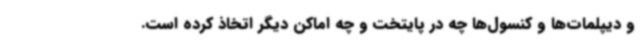
و دیپلمات‌ها و کنسول‌ها چه در پایتخت و چه اماکن دیگر اتخاذ کرده است.